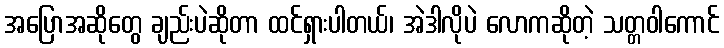
အပြောအဆိုတွေ ချည်းပဲဆိုတာ ထင်ရှားပါတယ်၊ အဲဒါလိုပဲ လောကဆိုတဲ့ သတ္တဝါကောင်